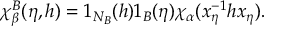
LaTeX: \chi _ { \beta } ^ { B } ( \eta , h ) = 1 _ { N _ { B } } ( h ) 1 _ { B } ( \eta ) \chi _ { \alpha } ( x _ { \eta } ^ { - 1 } h x _ { \eta } ) .